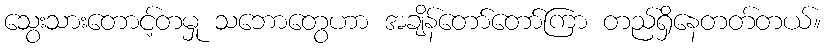
သွေးသားတောင့်တမှု သဘောတွေဟာ အချိန်တော်တော်ကြာ တည်ရှိနေတတ်တယ်။